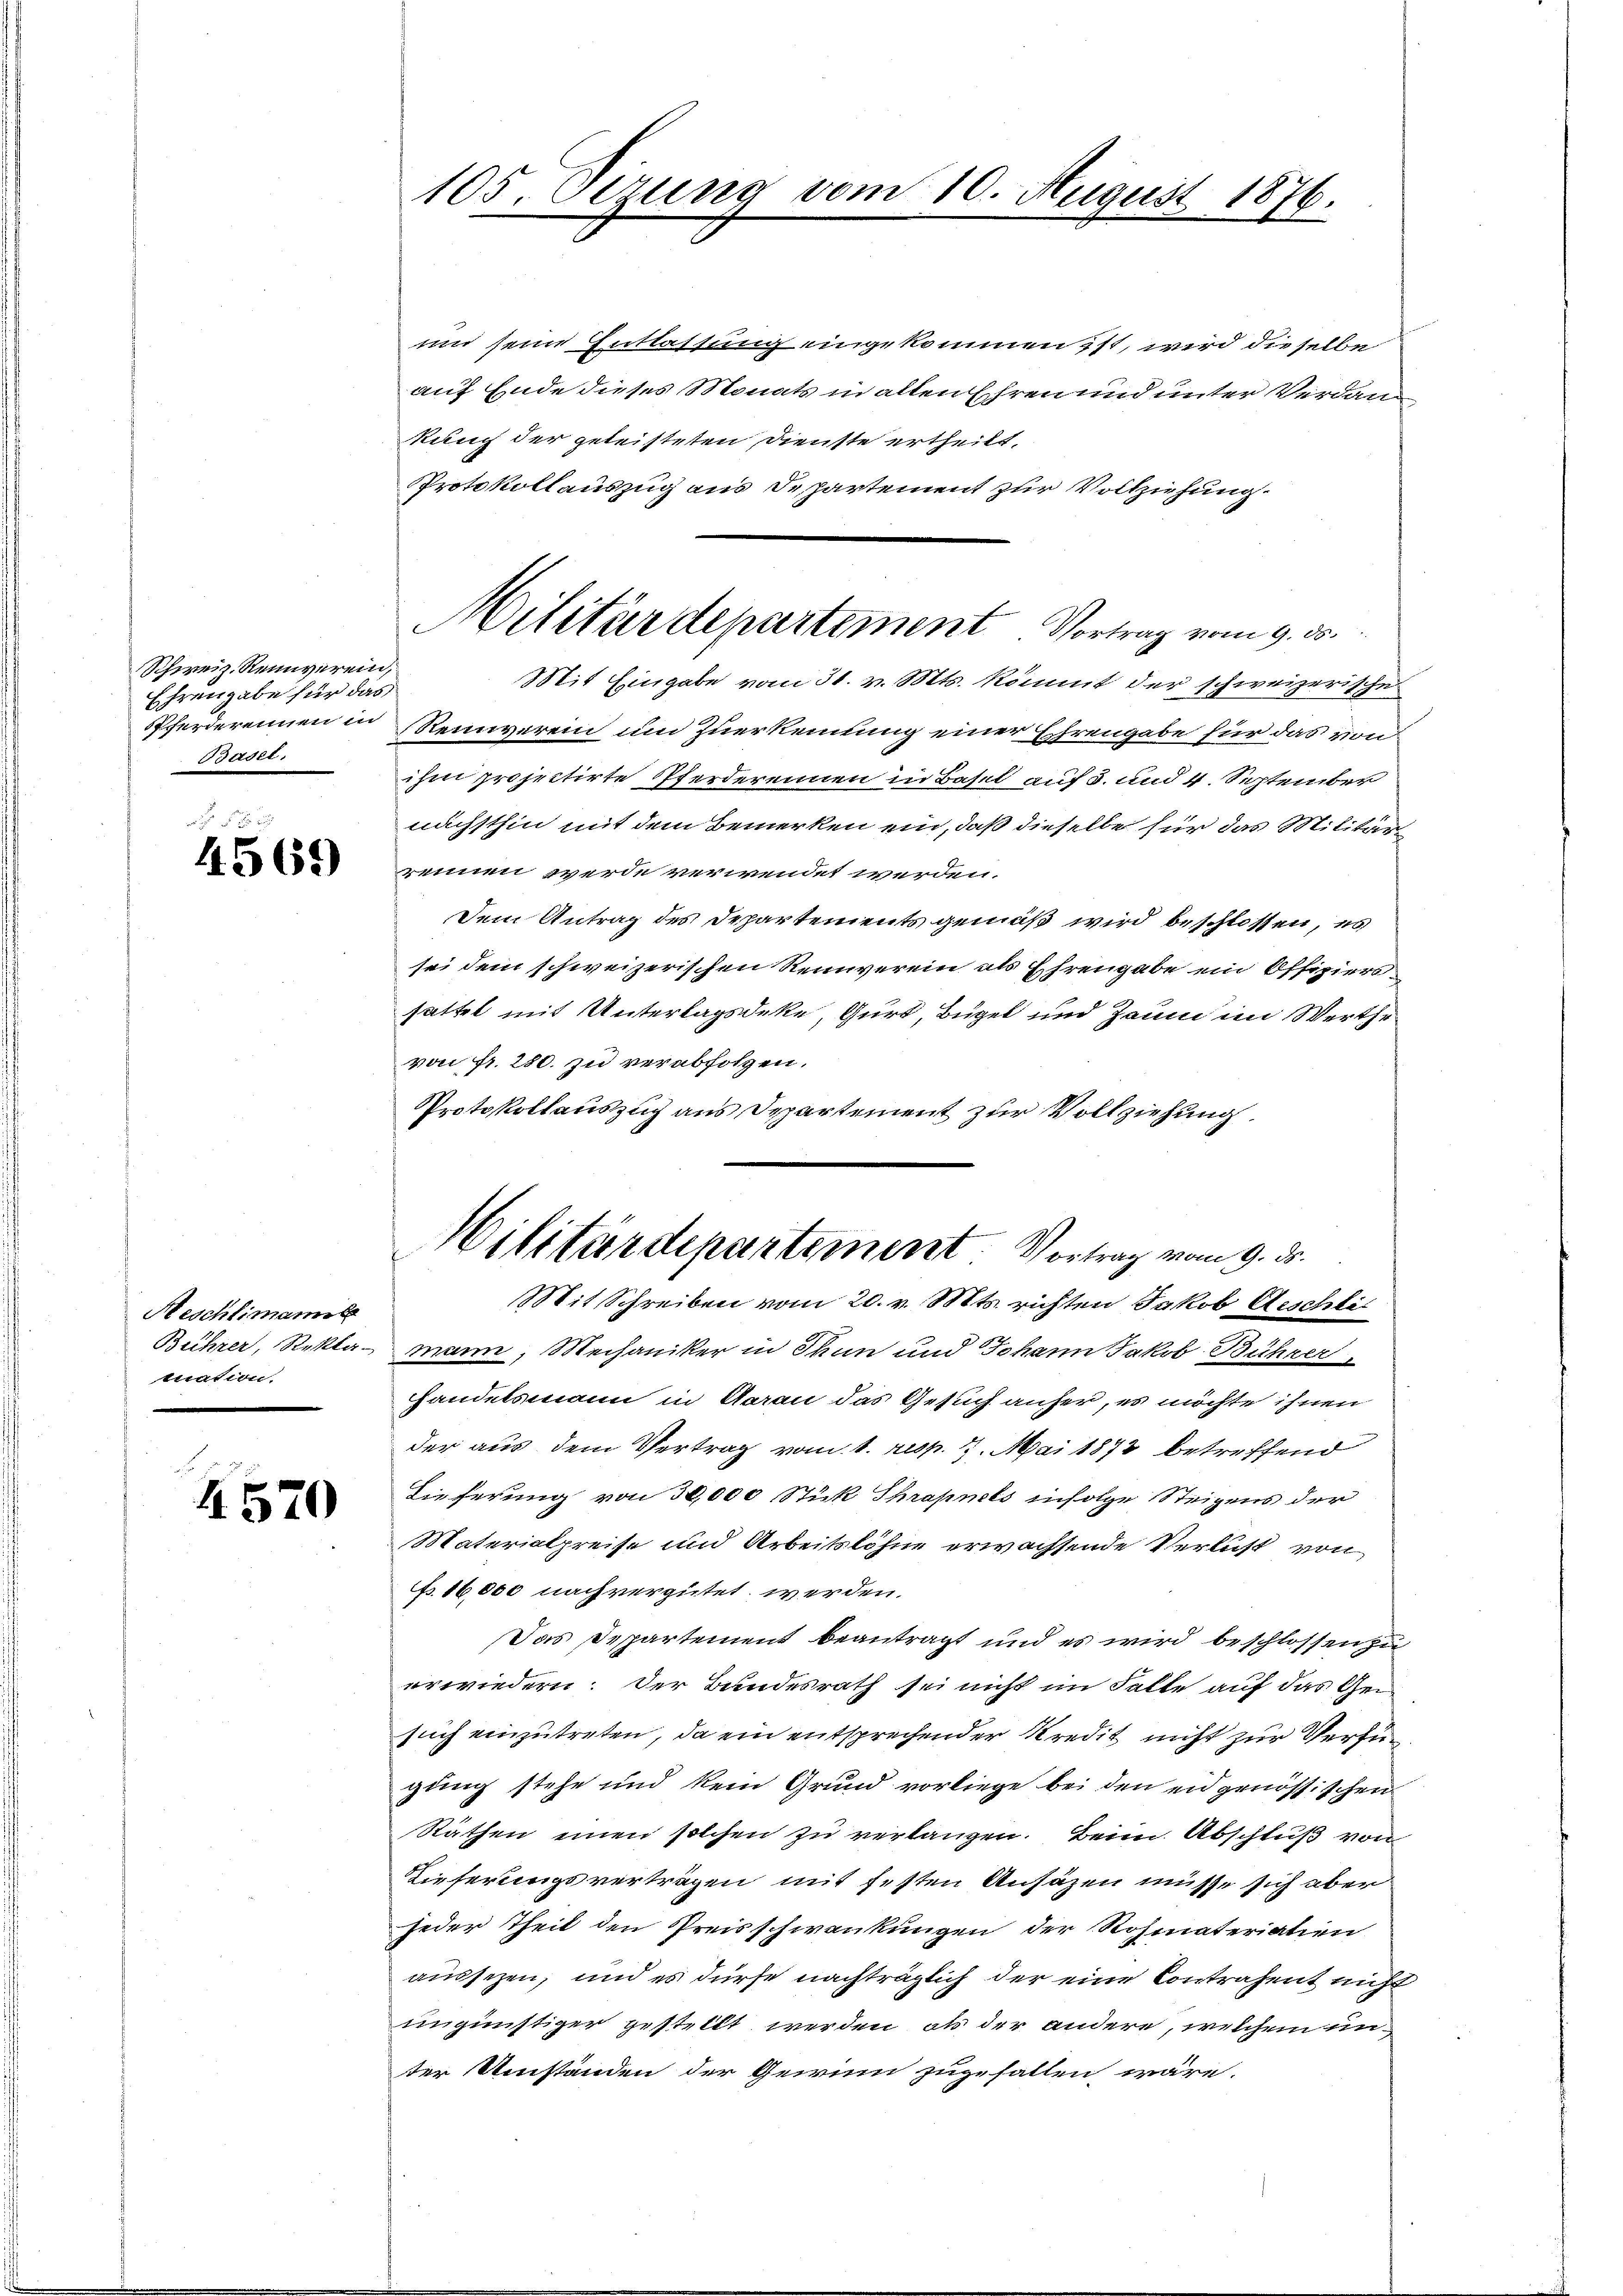
Schweiz. Reinverein,
Ehrengabe für das
Basel.

4569)

Meschlimanns
mation.

4570

105. Dirung

und seine Entlassung eingekommen ist, wird dieselbe
auf Ende dieses Monats in allen Ehren und unter Verdankung der geleisteten Dienste ertheilt.
Protokollauszug aus Departement zur Vollziehung.
Mit Eingabe vom 31. v. Mts. kömmt der schweizerische
Pferderennen in Reinerein und Zuerkennung einer Ehrengabe für das von
ihm projectirte Pferderennen in Basel auf 3. und 4. September
nächsthin mit dem Bemerken ein, daß dieselbe für das Militärrennen werde verwendet werden.
Dem Antrag des Departements gemäß wird beschlossen, es
sei dem schweizerischen Reinverein als Ehrengabe ein Offizierssattel mit Unterlagsdeke, Gurt, Bügel und Zaum im Werthe
von fr. 280. zu verabfolgen.
Protokollauszug aus Departement zur Vollziehung.

vom 10. August 1876.

Militärdepartement. Vortrag vom 9. ds.

Bührer, Reklamann, Mechaniker in Thun und Johann Jakob Bühner
Handelsmann in Aarau das Gesuch anher, es möchte ihnen
der aus dem Vertrag vom 1. resp. 17. Mai 1873 betreffend
Lieferung von 30,000 Stük Shrapnets infolge Steigens der
Materialpreise und Arbeitslöhne erwachsende Verlust von
F. 16,000 nach vergütet werden.
Das Departement beantragt und es wird beschlossen zu
erwiedern. Der Bundesrath sei nicht im Falle auf das Gem
such einzutreten, da ein entsprechender Kredit nicht zur Verfügung stehe und kein Grund vorliege bei den eidgenössischen
Räthen einen solchen zu verlangen. Beim Abschluß von
Dieferungsverträgen mit festen Ansäzen müsse sich aber
jeder Theil den Preisschwankungen der Rohmateriation
aussezen, und es dürfe nachträglich der eine Contrahent nicht
ungünstiger gestellt werden, als der andere, welchem unter Umständen der Gewinn zugefallen wäre.

Militärdepartement. Vortrag vom 9. ds.
Mit Schreiben vom 20. v. Mts. richten Jakob Aeschli